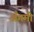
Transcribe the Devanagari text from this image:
अँगमी